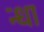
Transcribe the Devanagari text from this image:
न्धा